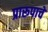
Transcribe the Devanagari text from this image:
प्रारूपाचे